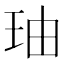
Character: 𤤧